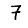
Digit: 7